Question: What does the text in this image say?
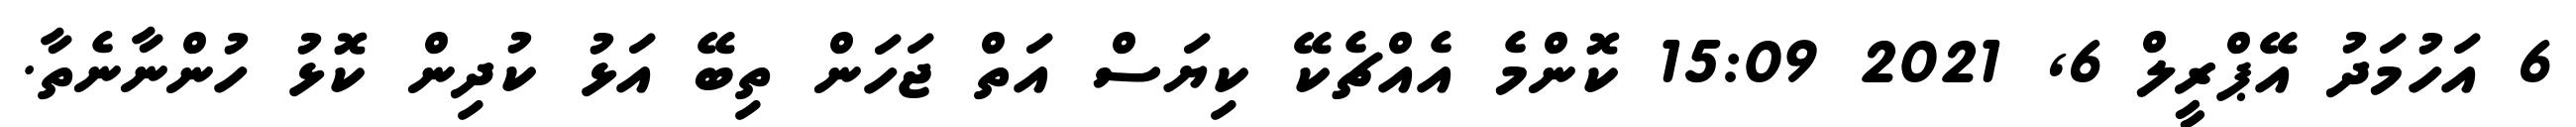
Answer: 6 އަހުމަދު އޭޕްރީލް 6, 2021 15:09 ކޮންމެ އެއްޗެކޭ ކިޔަސް އަތް ޖަހަން ތިބޭ އަޅު ކުދިން ކޮޅު ހުންނާނެތާ.